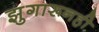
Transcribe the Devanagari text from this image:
झुगारूनही